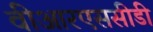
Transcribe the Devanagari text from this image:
वीआरएससीडी